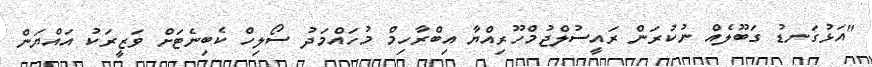
"އަޅުގަނޑު ގަބޫލެއް ނުކުރަން ރައީސުލްޖުމްހޫރިއްޔާ އިބްރާހިމް މުހައްމަދު ސޯލިހް ކެބިނެޓަށް ވަޒީރަކު އައްޔަން